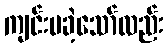
ကျင်းပခဲ့သော်လည်း